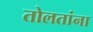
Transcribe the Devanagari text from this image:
तोलतांना